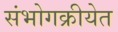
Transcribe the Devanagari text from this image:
संभोगक्रीयेत